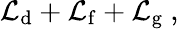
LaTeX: {\cal L}_{\mathrm{d}}+{\cal L}_{\mathrm{f}}+{\cal L}_{\mathrm{g}}\ ,